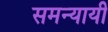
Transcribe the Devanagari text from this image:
समन्यायी